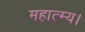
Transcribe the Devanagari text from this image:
महात्म्य।